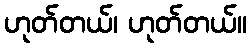
ဟုတ်တယ်၊ ဟုတ်တယ်။